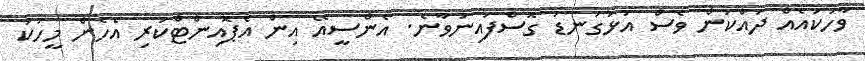
ވާހަކައެއް ދައްކަން ވެސް އަޅުގަނޑު ގޮސްފައިނުވާނެ. އެންސީއޭ އިން އެޕޮއިންޓްކުރި އެހެން މީހަކު